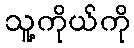
သူ့ကိုယ်ကို